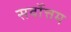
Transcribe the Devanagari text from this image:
सर्वाेत्तम